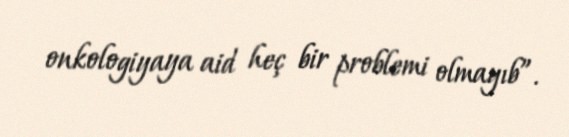
onkologiyaya aid heç bir problemi olmayıb”.